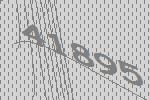
41895